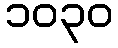
၁၀၃၀